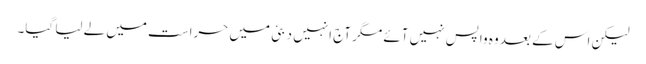
لیکن اس کے بعد وہ واپس نہیں آئے مگر آج انہیں دبئی میں حراست میں لے لیا گیا۔